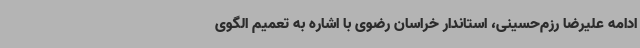
ادامه علیرضا رزم‌حسینی، استاندار خراسان رضوی با اشاره به تعمیم الگوی